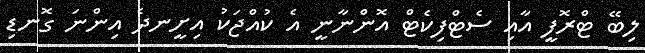
ލިބޭ ޓްރޮފީ އާއި ސެޓްފިކެޓް އޮންނާނީ އެ ކުއްޖަކު އިށީނދެ އިންނަ ގޮނޑި